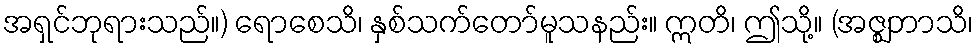
အရှင်ဘုရားသည်။) ရောစေသိ၊ နှစ်သက်တော်မူသနည်း။ ဣတိ၊ ဤသို့။ (အဇ္ဈဘာသိ၊